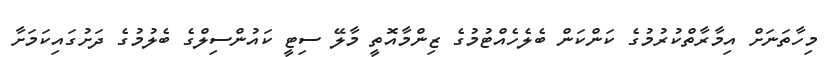
މިހާތަނަށް އިމާރާތްކުރުމުގެ ކަންކަން ބެލެހެއްޓުމުގެ ޒިންމާއޮތީ މާލޭ ސިޓީ ކައުންސިލްގެ ބެލުމުގެ ދަށުގައިކަމަށާ